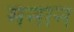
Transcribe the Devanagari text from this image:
मनान